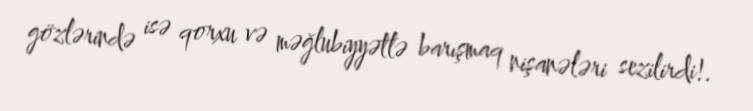
gözlərində isə qorxu və məğlubiyyətlə barışmaq nişanələri sezilirdi!.